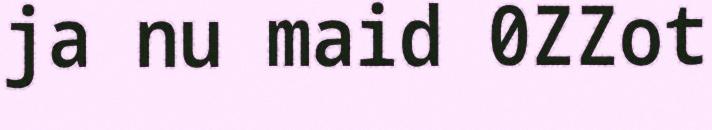
ja nu maid 0ZZot